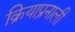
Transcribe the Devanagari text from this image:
क्रियाप्रनाली